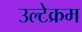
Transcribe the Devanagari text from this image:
उल्टेक्रम